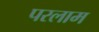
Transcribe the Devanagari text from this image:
परलाम